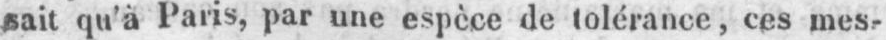
sait qu’à Paris, par une espèce de tolérance, ces mes-